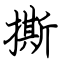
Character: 撕